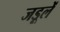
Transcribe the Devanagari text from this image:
जड़ूलें